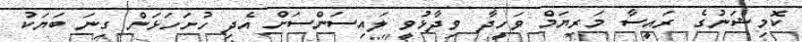
ކޮމިޝަނުގެ ރައީސާ މަރިޔަމް ވަހީދާ ވިދާޅުވީ ލައިސަންސަށް އެދި ހުށަހަޅަން ގިނަ ބަޔަކު